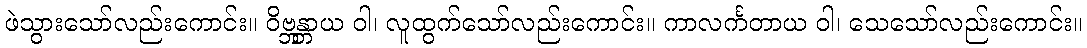
ဖဲသွားသော်လည်းကောင်း။ ဝိဗ္ဘန္တာယ ဝါ၊ လူထွက်သော်လည်းကောင်း။ ကာလင်္ကတာယ ဝါ၊ သေသော်လည်းကောင်း။